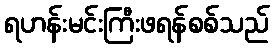
ရဟန်းမင်းကြီးဖရန်စစ်သည်